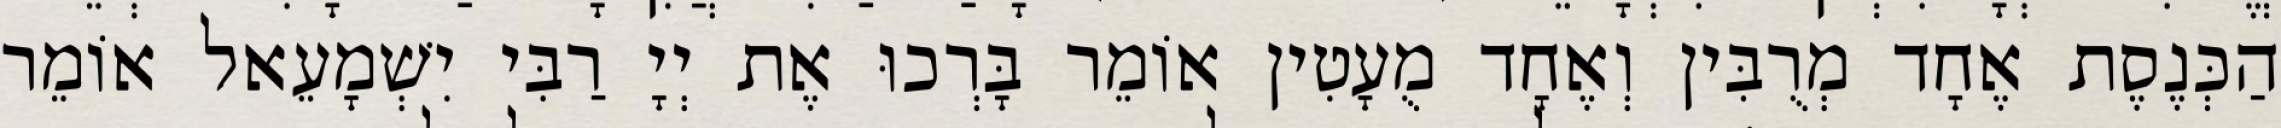
הַכְּנֶסֶת אֶחָד מְרֻבִּין וְאֶחָד מֻעָטִין אוֹמֵר בָּרְכוּ אֶת יְיָ רַבִּי יִשְׁמָעֵאל אוֹמֵר